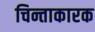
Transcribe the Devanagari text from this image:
चिन्ताकारक